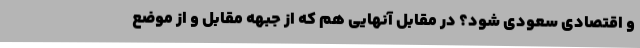
و اقتصادی سعودی شود؟ در مقابل آنهایی هم که از جبهه مقابل و از موضع